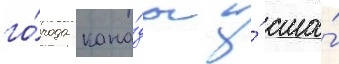
го́рода кана́ды и́ сша́